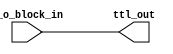
module ttl_buffer (
    input wire i_o_block_in,
    output reg ttl_out
);

assign ttl_out = i_o_block_in;

endmodule